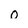
Character: 0